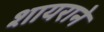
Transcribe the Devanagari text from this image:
शायराने